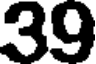
39